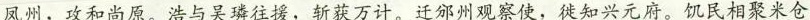
凤州，攻和尚原。浩与吴磷往援，斩获万计。迁邠州观察使，徙知兴元府。饥民相聚米仓